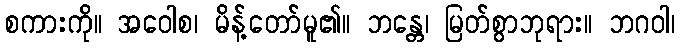
စကားကို။ အဝေါစ၊ မိန့်တော်မူ၏။ ဘန္တေ၊ မြတ်စွာဘုရား။ ဘဂဝါ၊